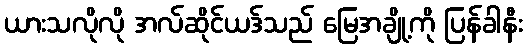
ယားသလိုလို အလ်ဆိုင်ယဒ်သည် မြေအချို့ကို ပြန်ခါနီး